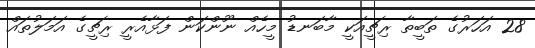
28 އަހަރުގެ ތަބީތާ ރިޗީއަކީ މާބަނޑު މީހެއް ނޫންކަން ފަޅާއެރީ ރިޗީގެ އަމަލުތައް